Report of an investigation into the causes of malaria in Bombay and the measures necessary for its control
Disease focus: Malaria
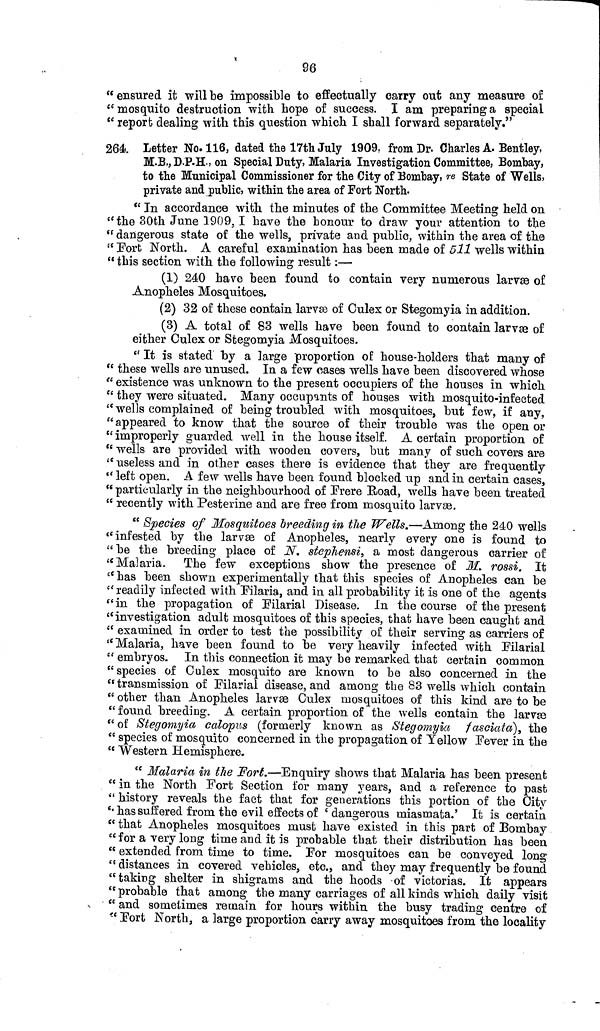
96
" ensured it will be impossible to effectually carry out any measure of
" mosquito destruction with hope of success. I am preparing a special
" report dealing with this question which I shall forward separately."
264. Letter No. 116, dated the 17th July 1909, from Dr. Charles A. Bentley,
M.B., D.P.H., on Special Duty, Malaria Investigation Committee, Bombay,
to the Municipal Commissioner for the City of Bombay, re State of Wells,
private and public, within the area of Fort North.
" In accordance with the minutes of the Committee Meeting held on
"the 30th June 1909, I have the honour to draw your attention to the
"dangerous state of the wells, private and public, within the area of the
" Fort North. A careful examination has been made of 511 wells within
" this section with the following result :—
(1) 240 have been found to contain very numerous larvæ of
Anopheles Mosquitoes.
(2) 32 of these contain larvæ of Culex or Stegomyia in addition.
(3) A total of 83 wells have been found to contain larvæ of
either Culex or Stegomyia Mosquitoes.
" It is stated by a large proportion of house-holders that many of
" these wells are unused. In a few cases wells have been discovered whose
" existence was unknown to the present occupiers of the houses in which
" they were situated. Many occupants of houses with mosquito-infected
" wells complained of being troubled with mosquitoes, but few, if any,
" appeared to know that the source of their trouble was the open or
" improperly guarded well in the house itself. A certain proportion of
" wells are provided with wooden covers, but many of such covers are
"useless and in other cases there is evidence that they are frequently
" left open. A few wells have been found blocked up and in certain cases,
" particularly in the neighbourhood of Frere Road, wells have been treated
" recently with Pesterine and are free from mosquito larvæ.
" Species of Mosquitoes breeding in the Wells.—Among the 240 wells
" infested by the larvæ of Anopheles, nearly every one is found to
"be the breeding place of N. stephensi, a most dangerous carrier of
" Malaria. The few exceptions show the presence of M. rossi. It
" has been shown experimentally that this species of Anopheles can be
" readily infected with Filaria, and in all probability it is one of the agents
" in the propagation of Filarial Disease. In the course of the present
"investigation adult mosquitoes of this species, that have been caught and
" examined in order to test the possibility of their serving as carriers of
" Malaria, have been found to be very heavily infected with Eilarial
" embryos. In this connection it may be remarked that certain common
"species of Culex mosquito are known to be also concerned in the
"transmission of Filarial disease, and among the 83 wells which contain
" other than Anopheles larvæ Culex mosquitoes of this kind are to be
" found breeding. A certain proportion of the wells contain the larvæ
" of Stegomyia calopus (formerly known as Stegomyia fasciata), the
" species of mosquito concerned in the propagation of Yellow Fever in the
" Western Hemisphere.
" Malaria in the Fort.—Enquiry shows that Malaria has been present
" in the North Fort Section for many years, and a reference to past
" history reveals the fact that for generations this portion of the City
" has suffered from the evil effects of ' dangerous miasmata.' It is certain
" that Anopheles mosquitoes must have existed in this part of Bombay
" for a very long time and it is probable that their distribution has been
" extended from time to time. Por mosquitoes can be conveyed long
" distances in covered vehicles, etc., and they may frequently be found
"taking shelter in shigrams and the hoods of victorias. It appears
" probable that among the many carriages of all kinds which daily visit
" and sometimes remain for hours within the busy trading centre of
" Fort North, a large proportion carry away mosquitoes from the locality